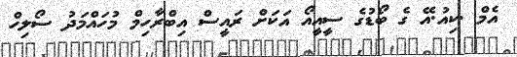
އެމް .ކިއު.އޭ ގެ ބޯޑުގެ ސީއީއޯ އަކަށް ރައީސް އިބްރާހިމް މުހައްމަދު ސޯލިހް